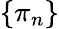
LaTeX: \{ \pi_{n}\}